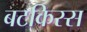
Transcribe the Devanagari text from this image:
बटकिस्स